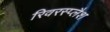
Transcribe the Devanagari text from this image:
रिवरस्प्लैश